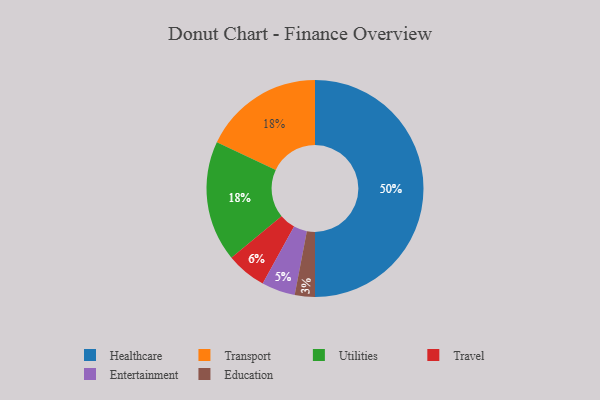
{"axis": {"x": "Category", "y": "Percentage"}, "legend": ["Education", "Entertainment", "Healthcare", "Transport", "Travel", "Utilities"], "data": [{"x": "Transport", "y": 18, "type": "Transport"}, {"x": "Travel", "y": 6, "type": "Travel"}, {"x": "Utilities", "y": 18, "type": "Utilities"}, {"x": "Entertainment", "y": 5, "type": "Entertainment"}, {"x": "Education", "y": 3, "type": "Education"}, {"x": "Healthcare", "y": 50, "type": "Healthcare"}]}